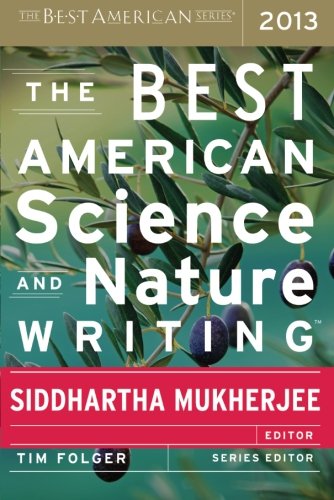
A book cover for The Best American Science and Nature Writing 2013; Science & Math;